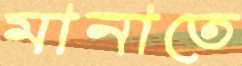
মানাতে